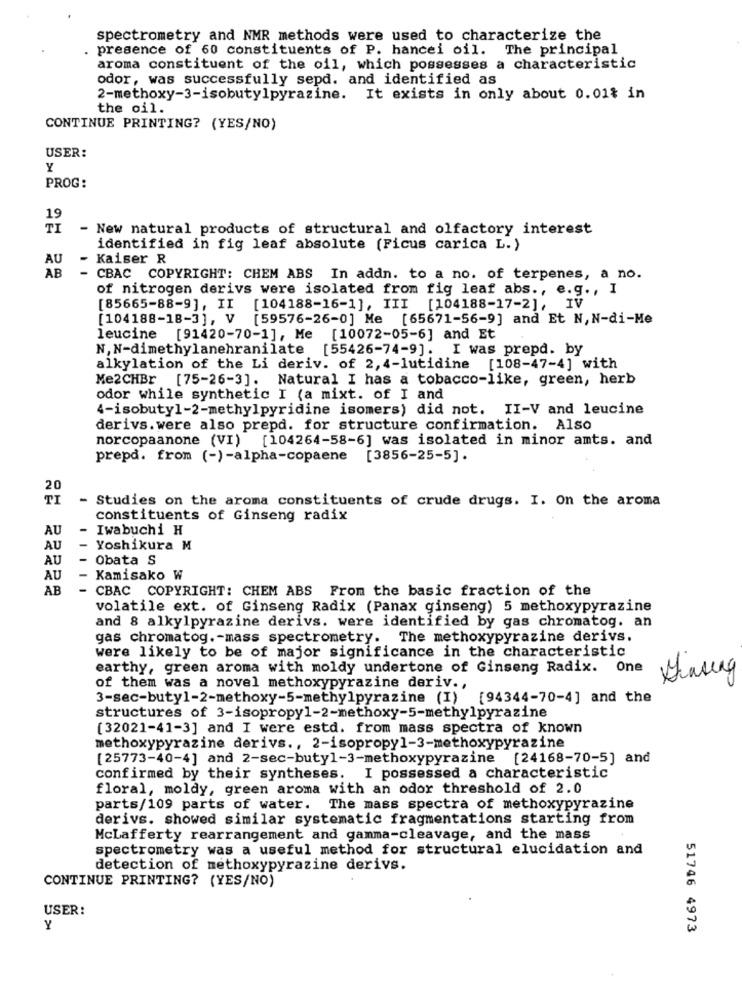
spectrometry and NMR methods were used to characterize the
presence of 60 constituents of P. hancei oil.
The principal
aroma constituent of the oil, which possesses a characteristic
odor, was successfully sepd. and identified as
2-methoxy-3-isobutylpyrazine. It exists in only about 0.01% in
the oil.
CONTINUE PRINTING? (YES/NO)
USER:
Y
PROG:
19
TI
- New natural products of structural and olfactory interest
identified in fig leaf absolute (Ficus carica L.)
AU
Kaiser R
AB
- CBAC COPYRIGHT: CHEM ABS In addn. to a no. of terpenes, a no.
of nitrogen derivs were isolated from fig leaf abs ., e.g ., I
[85665-88-9], II [104188-16-1], III [104188-17-2], IV
[104188-18-3], V [59576-26-0] Me [65671-56-9] and Et N, N-di-Me
leucine [91420-70-1], Me [10072-05-6] and Et
N, N-dimethylanehranilate [55426-74-9]. I was prepd. by
alkylation of the Li deriv. of 2, 4-lutidine
[108-47-4] with
Me2CHBr [75-26-3]. Natural I has a tobacco-like, green, herb
odor while synthetic I (a mixt. of I and
4-isobutyl-2-methylpyridine isomers) did not. II-V and leucine
derivs. were also prepd. for structure confirmation. Also
norcopaanone (VI)
[104264-58-6] was isolated in minor amts. and
prepd. from (-)-alpha-copaene
[3856-25-5].
20
TI
- Studies on the aroma constituents of crude drugs. I. On the aroma
constituents of Ginseng radix
AU
-
Iwabuchi H
AU
- Yoshikura M
AU
- Obata S
AU
- Kamisako W
AB
- CBAC COPYRIGHT: CHEM ABS From the basic fraction of the
volatile ext. of Ginseng Radix (Panax ginseng) 5 methoxypyrazine
and 8 alkylpyrazine derivs. were identified by gas chromatog. an
gas chromatog .- mass spectrometry. The methoxypyrazine derivs.
were likely to be of major significance in the characteristic
earthy, green aroma with moldy undertone of Ginseng Radix. One
of them was a novel methoxypyrazine deriv .,
3-sec-butyl-2-methoxy-5-methylpyrazine (I)
[94344-70-4] and the
structures of 3-isopropyl-2-methoxy-5-methylpyrazine
(32021-41-3] and I were estd. from mass spectra of known
methoxypyrazine derivs ., 2-isopropyl-3-methoxypyrazine
[25773-40-4] and 2-sec-butyl-3-methoxypyrazine [24168-70-5] and
confirmed by their syntheses. I possessed a characteristic
floral, moldy, green aroma with an odor threshold of 2.0
parts/109 parts of water. The mass spectra of methoxypyrazine
derivs. showed similar systematic fragmentations starting from
McLafferty rearrangement and gamma-cleavage, and the mass
spectrometry was a useful method for structural elucidation and
detection of methoxypyrazine derivs.
CONTINUE PRINTING? (YES/NO)
USER:
Y
51746 4973